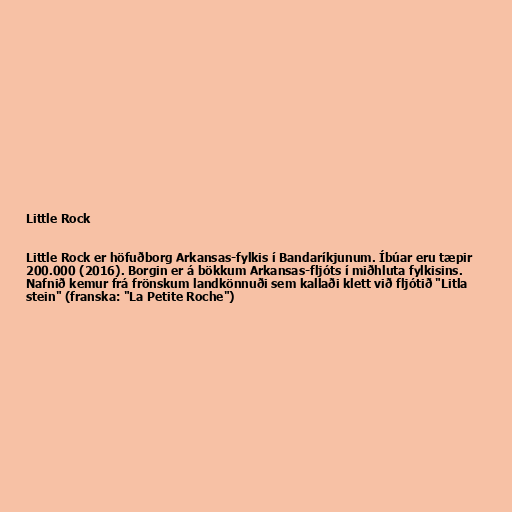
Little Rock

Little Rock er höfuðborg Arkansas-fylkis í Bandaríkjunum. Íbúar eru tæpir
200.000 (2016). Borgin er á bökkum Arkansas-fljóts í miðhluta fylkisins.
Nafnið kemur frá frönskum landkönnuði sem kallaði klett við fljótið "Litla
stein" (franska: "La Petite Roche")